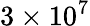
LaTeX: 3\times 10^{7}